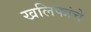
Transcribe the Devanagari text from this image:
खलिफांचे